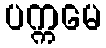
ပက္ကမေ